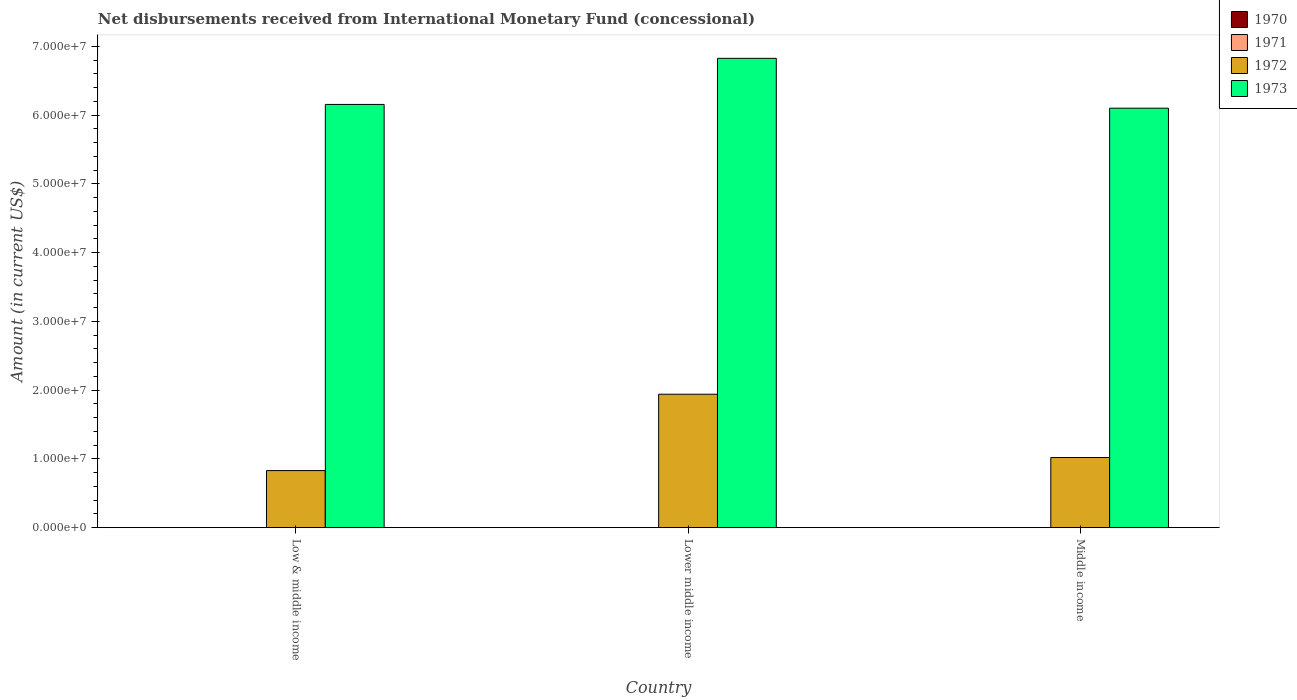
| Country | 1970 | 1971 | 1972 | 1973 |
 | --- | --- | --- | --- | --- |
 | Low & middle income | -2.02e+08 | -1.57e+07 | 8.3e+06 | 6.16e+07 |
 | Lower middle income | -2.02e+08 | -4.76e+06 | 1.94e+07 | 6.83e+07 |
 | Middle income | -2.02e+08 | -1.22e+07 | 1.02e+07 | 6.1e+07 |